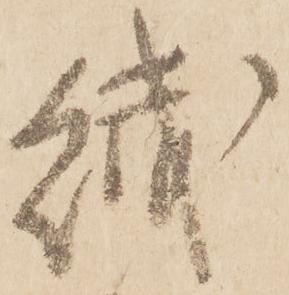
絨